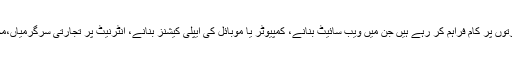
اپ ورک(Upwork)اور فائیور(Fiverr)انہیں مختلف مہارتوں پر کام فراہم کر رہے ہیں جن میں ویب سائیٹ بنانے، کمپیوٹر یا موبائل کی ایپلی کیشنز بنانے، انٹرنیٹ پر تجارتی سرگرمیاں،مختلف موضوعات کی تخلیق اور ورچوئل معاونت شامل ہیں۔